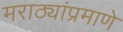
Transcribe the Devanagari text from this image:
मराठ्यांप्रमाणे